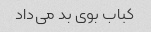
کباب بوی بد می‌داد